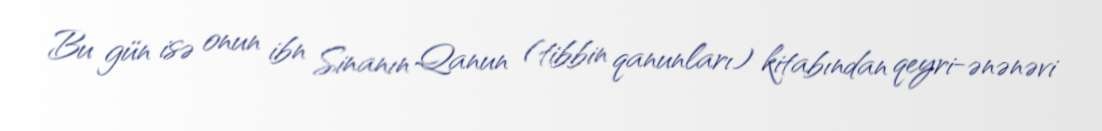
Bu gün isə onun ibn Sinanın Qanun (tibbin qanunları) kitabından qeyri-ənənəvi